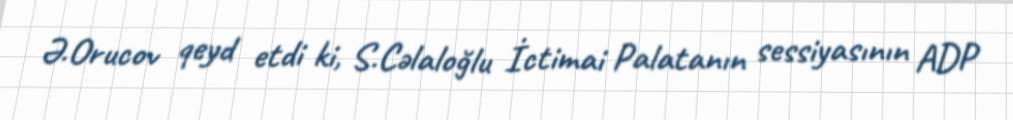
Ə.Orucov qeyd etdi ki, S.Cəlaloğlu İctimai Palatanın sessiyasının ADP